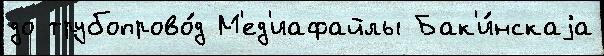
до трубопрово́д М'ед'иафайлы Бак'и́нскаjа